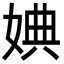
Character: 婰